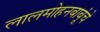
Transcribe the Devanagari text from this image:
लालमोहनबाबूंचे